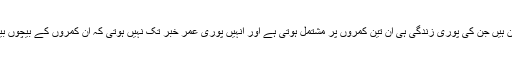
کتنے ہی ڈھیر سارے ایسے انسان ہیں جن کی پوری زندگی ہی ان تین کمروں پر مشتمل ہوتی ہے اور انہیں پوری عمر خبر تک نہیں ہوتی کہ ان کمروں کے بیچوں بیچ ایک تہہ خانہ بھی موجود ہے۔